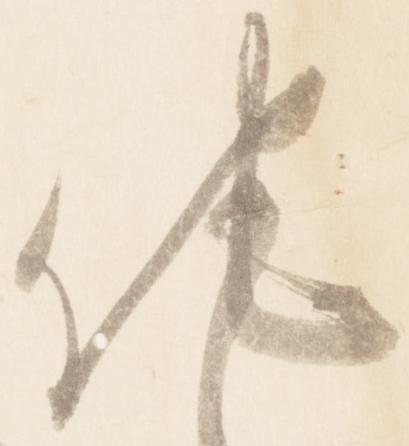
他